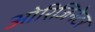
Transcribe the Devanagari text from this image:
ओरिजिनेटर